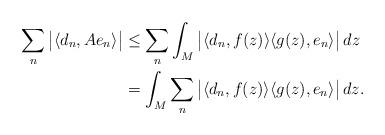
LaTeX: \begin{align*}\sum\limits_n \big|\langle d_n,Ae_n \rangle\big| &\leq \sum\limits_n \int_M \big|\langle d_n,f(z)\rangle\langle g(z), e_n\rangle\big| \, dz\\&=\int_M \sum\limits_n\big|\langle d_n,f(z)\rangle\langle g(z), e_n\rangle\big| \, dz.\end{align*}